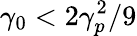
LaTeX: \gamma_{0}<2\gamma_{p}^{2}/9